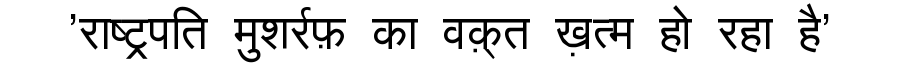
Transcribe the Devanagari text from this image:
'राष्ट्रपति मुशर्रफ़ का वक़्त ख़त्म हो रहा है'